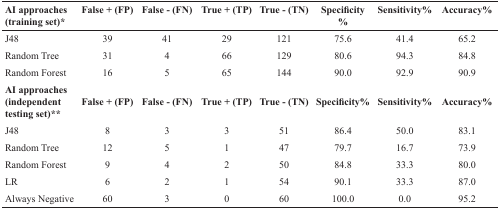
<table><thead><tr><td><b>AI approaches(training set)*</b></td><td><b>False + (FP)</b></td><td><b>False - (FN)</b></td><td><b>True + (TP)</b></td><td><b>True - (TN)</b></td><td><b>Specificity%</b></td><td><b>Sensitivity%</b></td><td><b>Accuracy%</b></td></tr></thead><tbody><tr><td>J48</td><td>39</td><td>41</td><td>29</td><td>121</td><td>75.6</td><td>41.4</td><td>65.2</td></tr><tr><td>Random Tree</td><td>31</td><td>4</td><td>66</td><td>129</td><td>80.6</td><td>94.3</td><td>84.8</td></tr><tr><td>Random Forest</td><td>16</td><td>5</td><td>65</td><td>144</td><td>90.0</td><td>92.9</td><td>90.9</td></tr><tr><td><b>AI approaches</b><b>(independent testing set)**</b></td><td><b>False + (FP)</b></td><td><b>False - (FN)</b></td><td><b>True + (TP)</b></td><td><b>True - (TN)</b></td><td><b>Specificity%</b></td><td><b>Sensitivity%</b></td><td><b>Accuracy%</b></td></tr><tr><td>J48</td><td>8</td><td>3</td><td>3</td><td>51</td><td>86.4</td><td>50.0</td><td>83.1</td></tr><tr><td>Random Tree</td><td>12</td><td>5</td><td>1</td><td>47</td><td>79.7</td><td>16.7</td><td>73.9</td></tr><tr><td>Random Forest</td><td>9</td><td>4</td><td>2</td><td>50</td><td>84.8</td><td>33.3</td><td>80.0</td></tr><tr><td>LR</td><td>6</td><td>2</td><td>1</td><td>54</td><td>90.1</td><td>33.3</td><td>87.0</td></tr><tr><td>Always Negative</td><td>60</td><td>3</td><td>0</td><td>60</td><td>100.0</td><td>0.0</td><td>95.2</td></tr></tbody></table>